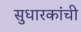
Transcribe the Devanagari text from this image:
सुधारकांची